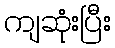
ကျဆုံးပြီး